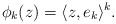
\begin{align*}\phi_k(z)=\langle z,e_k\rangle^k.\end{align*}